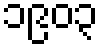
၁၉၀၃